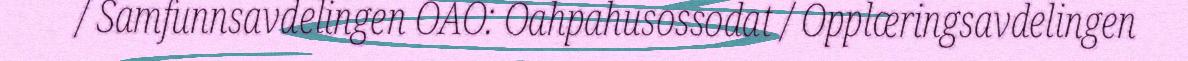
/ Samfunnsavdelingen OAO: Oahpahusossodat / Opplæringsavdelingen